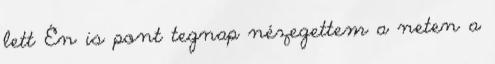
lett Én is pont tegnap nézegettem a neten a